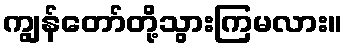
ကျွန်တော်တို့သွားကြမလား။